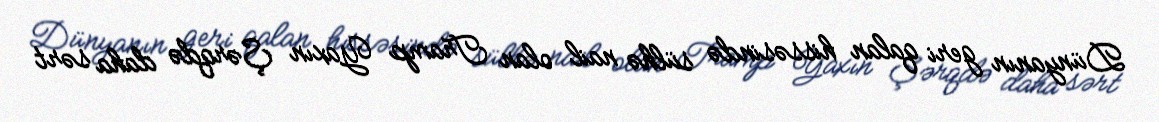
Dünyanın geri qalan hissəsində sülhə nail olan Tramp Yaxın Şərqdə daha sərt